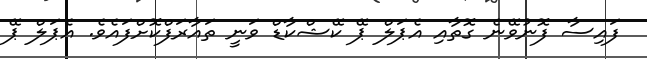
ފައިސާ ފޮނުވޭނެ ގޮތާއި އެޕަލް ޕޭ ކޭޝްކާޑް ވަނީ ތައާރަފްކޮށްފައެވެ. އެޕަލް ޕޭ